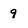
Character: 9